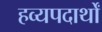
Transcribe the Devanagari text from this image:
हव्यपदार्थों